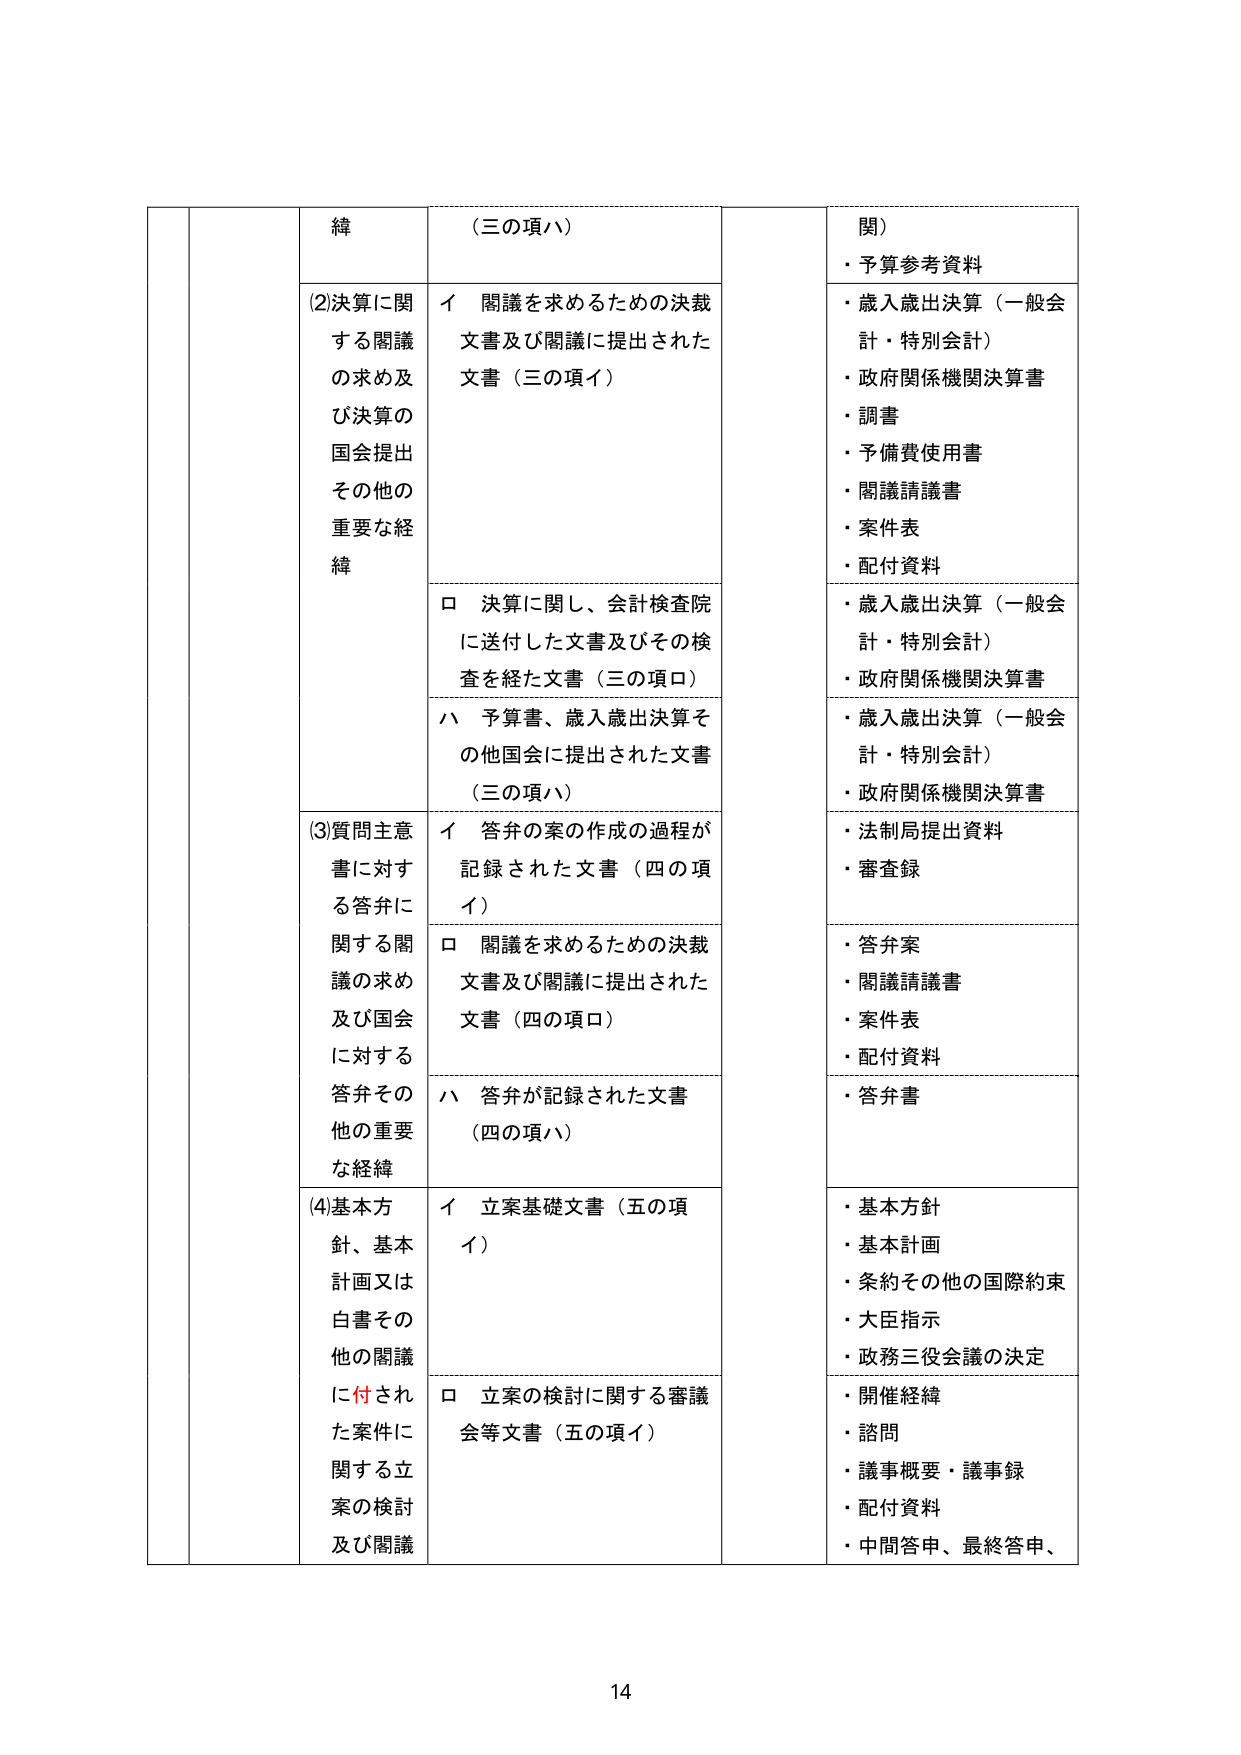
縛
（三の項ハ）
関）
・予算参考資料
(2)決算に関する閲議の求め及び決算の国会提出その他の重要な経緯
イ 閲議を求めるための決裁文書及び閲議に提出された文書（三の項イ）
・歳入歳出決算（一般会計・特別会計）
・政府関係機関決算書
・調書
・予備費使用書
・閲議請議書
・案件表
・配付資料
ロ 決算に関し、会計検査院に送付した文書及びその検査を経た文書（三の項ロ）
・歳入歳出決算（一般会計・特別会計）
・政府関係機関決算書
ハ 予算書、歳入歳出決算その他国会に提出された文書（三の項ハ）
・歳入歳出決算（一般会計・特別会計）
・政府関係機関決算書
(3)質問主意書に対する答弁に関する閲議の求め及び国会に対する答弁その他の重要な経緯
イ 答弁の案の作成の過程が記録された文書（四の項イ）
・法制局提出資料
・審査録
ロ 閲議を求めるための決裁文書及び閲議に提出された文書（四の項ロ）
・答弁案
・閲議請議書
・案件表
・配付資料
ハ 答弁が記録された文書（四の項ハ）
・答弁書
(4)基本方針、基本計画又は白書その他の閲議に付された案件に関する立案の検討及び閲議
イ 立案基礎文書（五の項イ）
・基本方針
・基本計画
・条約その他の国際約束
・大臣指示
・政務三役会議の決定
ロ 立案の検討に関する審議会等文書（五の項イ）
・開催経緯
・諮問
・議事概要・議事録
・配付資料
・中間答申、最終答申、
14